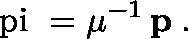
\mathrm { \boldmath ~ \ p i ~ } = \mu ^ { - 1 } \, { \bf p } \; .